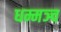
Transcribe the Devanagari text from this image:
धम्मञ्च